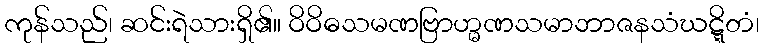
ကုန်သည်၊ ဆင်းရဲသားရှိ၏။ ဝိဝိဓသမဏဗြာဟ္မဏသမာဘာဇနသံဃဋ္ဋိတံ၊